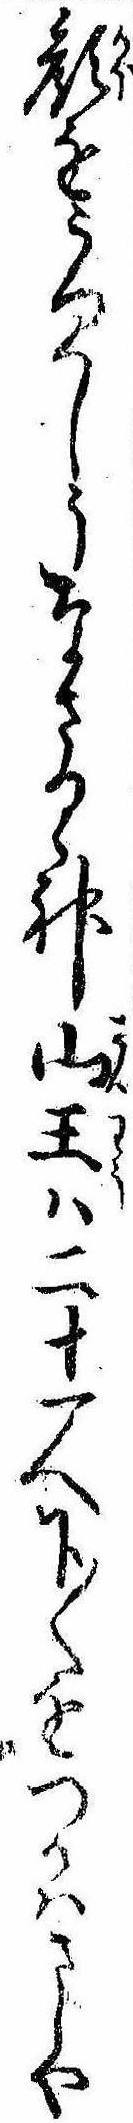
顔をうつくしうなさるゝ神山王は二十一人下〱をつかはさしや